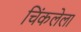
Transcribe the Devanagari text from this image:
चिंकलेला